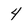
Character: 4